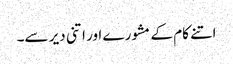
اتنے کام کے مشورے اور اتنی دیر سے۔